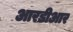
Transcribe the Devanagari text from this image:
आरडीआर